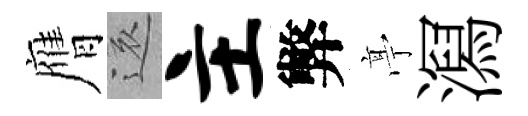
膺還主弊𠅘㵼